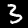
Label: 3